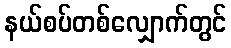
နယ်စပ်တစ်လျှောက်တွင်